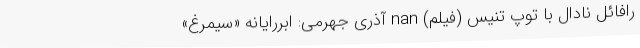
رافائل نادال با توپ تنیس (فیلم) nan آذری جهرمی: ابررایانه «سیمرغ»